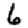
Digit: 6